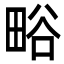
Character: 𭻗